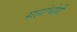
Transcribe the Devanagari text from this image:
ग्रहांचेही